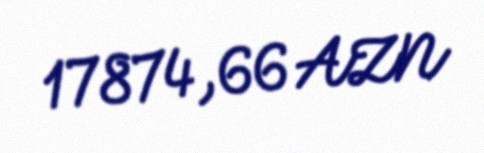
17874,66 AZN